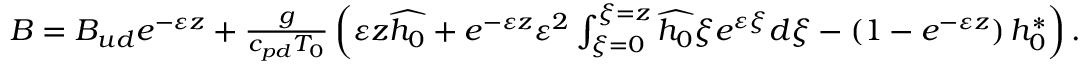
\begin{array} { r } { B = B _ { u d } e ^ { - \varepsilon z } + \frac { g } { c _ { p d } T _ { 0 } } \left( \varepsilon z \widehat { h _ { 0 } } + e ^ { - \varepsilon z } \varepsilon ^ { 2 } \int _ { \xi = 0 } ^ { \xi = z } \widehat { h _ { 0 } } \xi e ^ { \varepsilon \xi } d \xi - \left( 1 - e ^ { - \varepsilon z } \right) h _ { 0 } ^ { * } \right) . } \end{array}